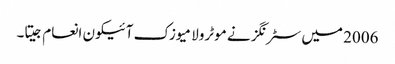
2006 میں سٹرنگز نے موٹرولا میوزک آئیکون انعام جیتا۔